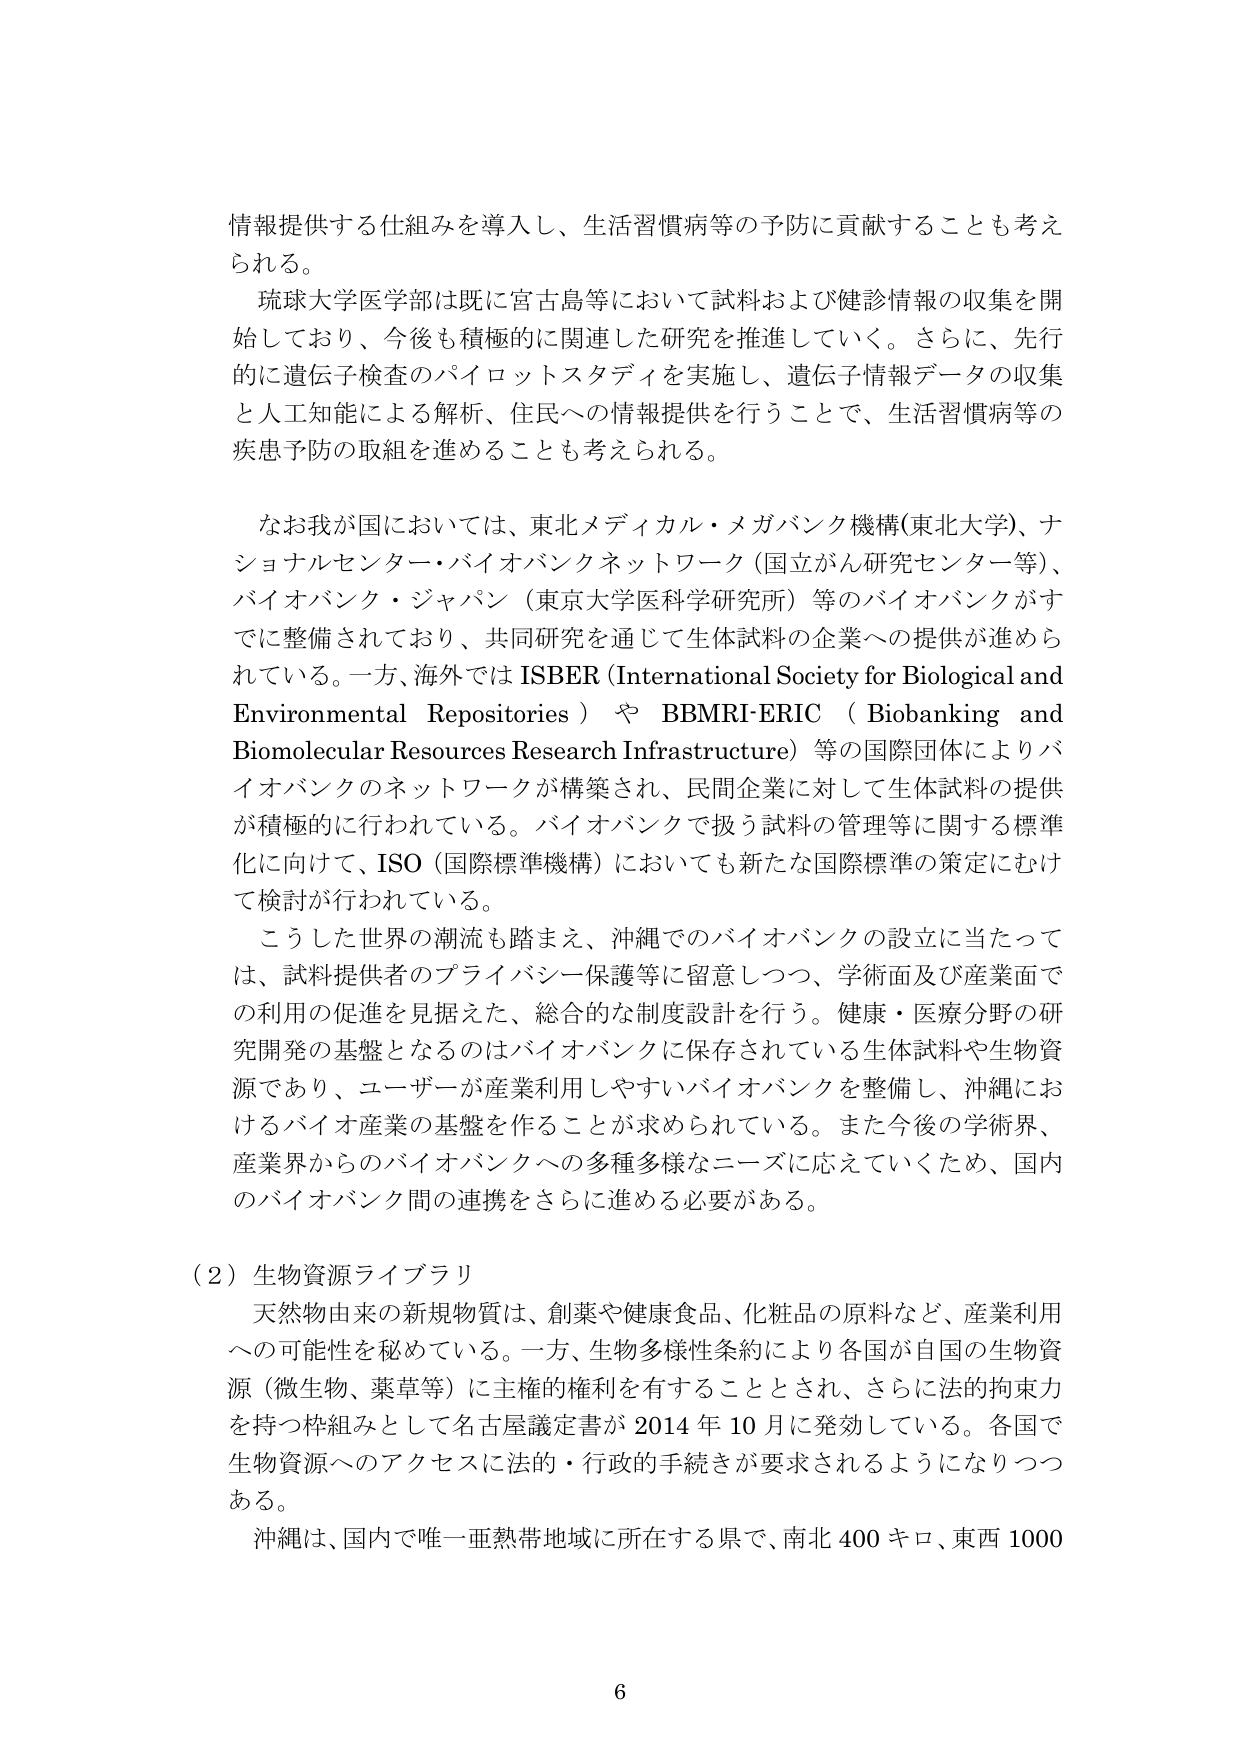
情報提供する仕組みを導入し、生活習慣病等の予防に貢献することも考えられる。

琉球大学医学部は既に宮古島等において試料および健診情報の収集を開始しており、今後も積極的に関連した研究を推進していく。さらに、先行的に遺伝子検査のパイロットスタディを実施し、遺伝子情報データの収集と人工知能による解析、住民への情報提供を行うことで、生活習慣病等の疾患予防の取組を進めることが考えられる。

なお我国においては、東北メディカル・メガバンク機構（東北大学）、ナショナルセンター・バイオバンクネットワーク（国立がん研究センター等）、バイオバンク・ジャパン（東京大学医科学研究所）等のバイオバンクがすでに整備されており、共同研究を通じて生体試料の企業への提供が進められている。一方、海外では ISBER（International Society for Biological and Environmental Repositories）や BBMRI-ERIC（Biobanking and Biomolecular Resources Research Infrastructure）等の国際団体によりバイオバンクのネットワークが構築され、民間企業に対して生体試料の提供が積極的に行われている。バイオバンクで扱う試料の管理等に関する標準化に向けて、ISO（国際標準機構）においても新たな国際標準の策定にむけて検討が行われている。

こうした世界の潮流も踏まえ、沖縄でのバイオバンクの設立に当たっては、試料提供者のプライバシー保護等に留意しつつ、学術面及び産業面での利用の促進を見据えた、総合的な制度設計を行う。健康・医療分野の研究開発の基盤となるのはバイオバンクに保存されている生体試料や生物資源であり、ユーザーが産業利用しやすいバイオバンクを整備し、沖縄におけるバイオ産業の基盤を作ることが求められている。また今後の学術界、産業界からのバイオバンクへの多種多様なニーズに応えていくため、国内のバイオバンク間の連携をさらに進める必要がある。

（2）生物資源ライブラリ

天然物由来の新規物質は、創薬や健康食品、化粧品の原料など、産業利用への可能性を秘めている。一方、生物多様性条約により各国が自国の生物資源（微生物、薬草等）に主権的権利を有することとされ、さらに法的拘束力を持つ枠組みとして名古屋議定書が2014年10月に発効している。各国で生物資源へのアクセスに法的・行政的手続きが要求されるようになりつつある。

沖縄は、国内で唯一亜熱帯地域に所在する県で、南北400キロ、東西1000

6